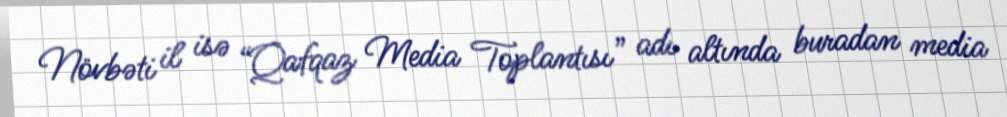
Növbəti il isə “Qafqaz Media Toplantısı” adı altında buradan media